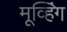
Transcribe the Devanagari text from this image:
मूव्हिंग